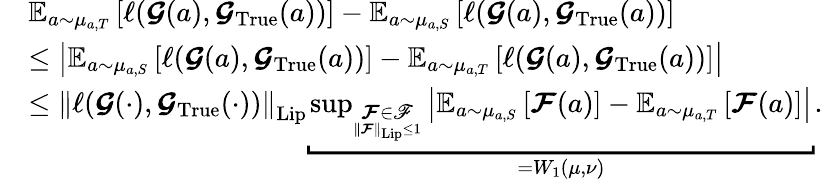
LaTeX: \begin{array}{rl}&{\boldsymbol{\mathbb{E}}_{a\sim\mu_{a,T}}\left[\ell(\boldsymbol{\mathcal{G}}(a),\boldsymbol{\mathcal{G}}_{\mathrm{True}}(a))\right]-\boldsymbol{\mathbb{E}}_{a\sim\mu_{a,S}}\left[\ell(\boldsymbol{\mathcal{G}}(a),\boldsymbol{\mathcal{G}}_{\mathrm{True}}(a))\right]}\\ &{\leq\left|\boldsymbol{\mathbb{E}}_{a\sim\mu_{a,S}}\left[\ell(\boldsymbol{\mathcal{G}}(a),\boldsymbol{\mathcal{G}}_{\mathrm{True}}(a))\right]-\boldsymbol{\mathbb{E}}_{a\sim\mu_{a,T}}\left[\ell(\boldsymbol{\mathcal{G}}(a),\boldsymbol{\mathcal{G}}_{\mathrm{True}}(a))\right]\right|}\\ &{\leq\left\| \ell(\boldsymbol{\mathcal{G}}(\cdot),\boldsymbol{\mathcal{G}}_{\mathrm{True}}(\cdot))\right\| _{\mathrm{Lip}}\underbracket{\operatorname*{sup}_{\underset{\left\| \boldsymbol{\mathcal{F}}\right\| _{\mathrm{Lip}}\leq 1}{\boldsymbol{\mathcal{F}}\in\mathscr{F}}}\left|\boldsymbol{\mathbb{E}}_{a\sim\mu_{a,S}}\left[\boldsymbol{\mathcal{F}}(a)\right]-\boldsymbol{\mathbb{E}}_{a\sim\mu_{a,T}}\left[\boldsymbol{\mathcal{F}}(a)\right]\right|}_{=W_{1}(\mu,\nu)}.}\end{array}